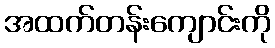
အထက်တန်းကျောင်းကို